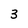
Character: 3